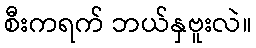
စီးကရက် ဘယ်နှဗူးလဲ။